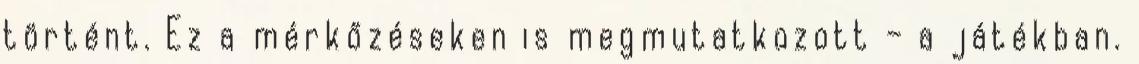
történt. Ez a mérkőzéseken is megmutatkozott – a játékban.